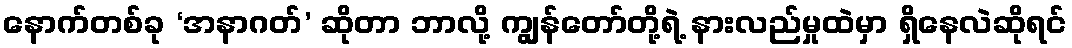
နောက်တစ်ခု ‘အနာဂတ်’ ဆိုတာ ဘာလို့ ကျွန်တော်တို့ရဲ့ နားလည်မှုထဲမှာ ရှိနေလဲဆိုရင်